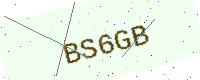
Text: BS6GB